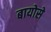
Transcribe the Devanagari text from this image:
बायोसे